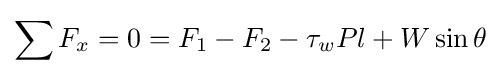
\sum F_{x}=0=F_{1}-F_{2}-\tau _{w}Pl+W\sin \theta